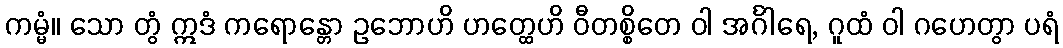
ကမ္မံ။ သော တွံ ဣဒံ ကရောန္တော ဥဘောဟိ ဟတ္ထေဟိ ဝီတစ္စိတေ ဝါ အင်္ဂါရေ, ဂူထံ ဝါ ဂဟေတွာ ပရံ